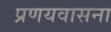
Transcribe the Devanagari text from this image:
प्रणयवासना